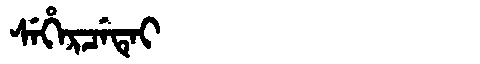
Manchu: ᠰᡝᡥᡝᡵᠴᡝᡨᡝᡳ
Romanization: SEHERCETEI